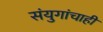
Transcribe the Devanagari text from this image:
संयुगांचाही